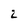
Character: 2